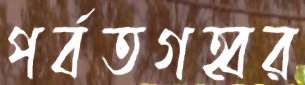
পর্বতগহ্বর